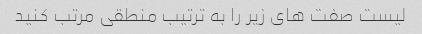
لیست صفت های زیر را به ترتیب منطقی مرتب کنید